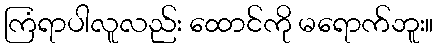
ကြံရာပါလူလည်း ထောင်ကို မရောက်ဘူး။